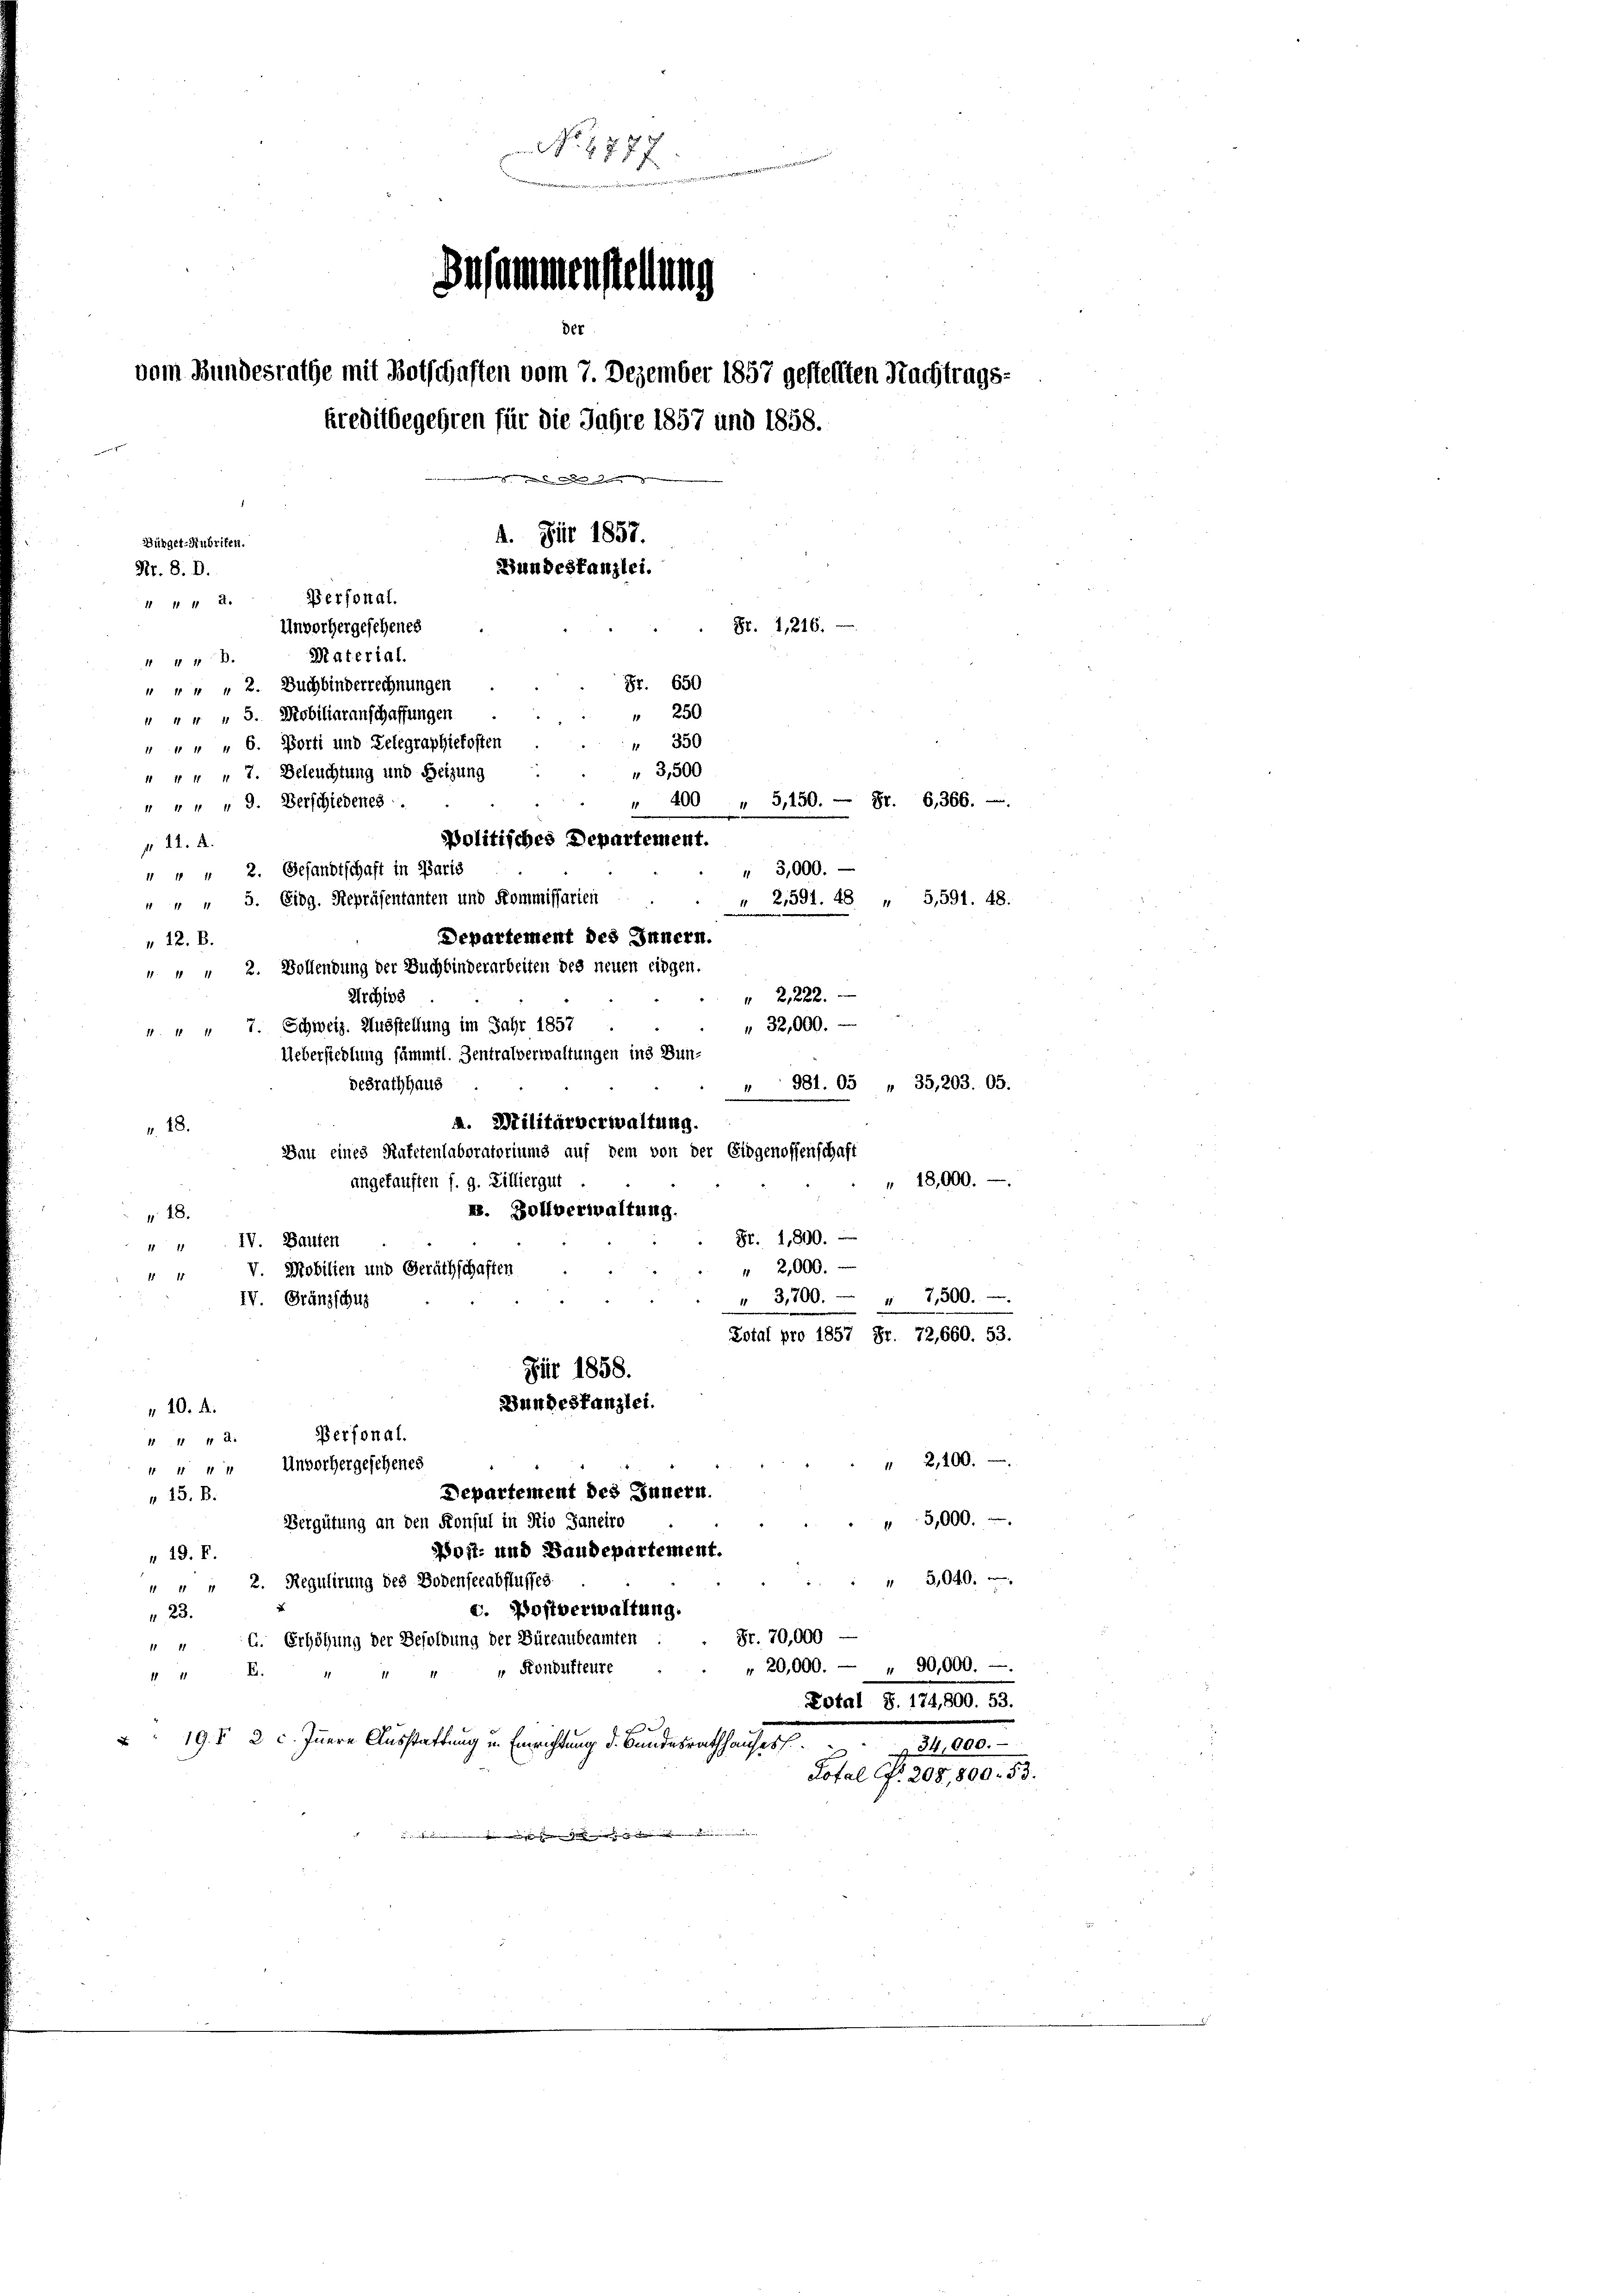
Bürger-Nubriken.
Nr. 8. D.
 44 d.
 + 13.

No. 1777
der
vom Bundesrathe mit Botschaften vom 7. Dezember 1857 gestellten Nachtrags-
kreditbegehren für die Jugte 1857 und 1858.
angen in den den den ge
4. Für 1857.
Bundestanzlei.
Personal.
Unvorhergesehenes
St. G,216.
Material.
Fr. 650
" " " " 2. Buchbinderrechnungen
250
" " " " 5. Mobiliaranschaffungen
350
" " " " 6. Porti und Telegraphiekosten
 3,500
" " " " 7. Beleuchtung und Heizung
" 400 " 5,150. — Fr. 6,366.
" " " " 9. Verschiedenes.
Politisches Departement.
p 11. A.
" 3,000.
" " " 2. Gesandtschaft in Paris
" " " 5. Eidg. Repräsentanten und Kommissarten
 2,591. 48 „ 5,591. 48.
Departement des Innern.
 12. B.
" " " 2. Bollendung der Buchbinderarbeiten des neuen eingen.
 2122
Archivs
32,000.
4 " " 7. Schweiz. Ausstellung im Jahr 1857
Uebersiedlung sämmtl. Zentralverwaltungen ins Bun¬
" 981. 05 „ 35,203. 05.
desrath haus
A. Militärverwaltung.
v. 18.
Bau eines Nutetenlaboratoriums auf dem von der Eidgenossenschaft
" 18,000.
angekauften s. g. Zilliergut
. Zollverwaltung.
18.
Fr. 1,800.
" IV. Bauten
" 2,000.
 V. Mobilien und Geräthschaften
" 3,700. - " 7,500.
IV. Gränzschus
Zotal pro 1857 Fr. 72,660. 53.

Zusammenstellung

Jür 1858.
Bundeskanzlei.
" 10. d.
Personal.
4111 4 d.
" 2,100.
4 " " " Unvorhergesehenes
Departement des Junern.
 15. B.
5,000.
Vergütung an den Konsul in Rio Janeiro
Wost- und Baudepartement.
 19. F.
" 5,040.
" " " 2. Regulirung des Bodenserabflusses.
u. Postverwaltung.
 23.
Fr. 70,000
G. Erhöhung der Besoldung der Büreaubeamten
1111
" 20,000. - " 90,000.
Kondukteure
14 B.
11 1
Potal S. 174,800. 53.
 19. d. 2 c. Innern Ausstattung in Einrichtung d. Bundesrathauses
§ 34,000.
Lotal N. 208, 800. 53.
in ihren